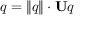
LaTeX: q = \lVert q \rVert \cdot \mathbf { U } q